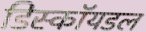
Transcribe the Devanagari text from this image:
डिस्कॉयडल